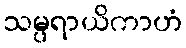
သမ္ပရာယိကာဟံ